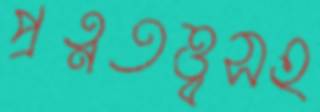
প্রত্নতত্ত্বসহ